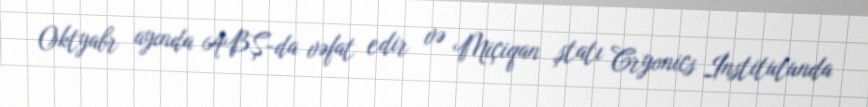
Oktyabr ayında ABŞ-da vəfat edir və Miçiqan ştatı Cryonics İnstitutunda